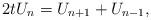
LaTeX: \begin{align*}2tU_n=U_{n+1}+U_{n-1}, \end{align*}